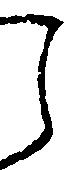
し